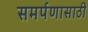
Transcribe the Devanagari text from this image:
समर्पणासाठी